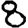
Digit: 8